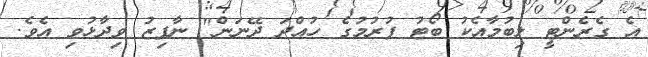
އެ ގެރެންޓީ ލިބުމާއެކު ބޯޓު ފުރުމުގެ ހުއްދަ ދޭނަން" ނާފިޒު ވިދާޅުވި އެވެ.